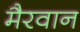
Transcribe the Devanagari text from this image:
मैरवान